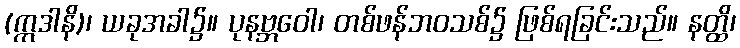
(ဣဒါနိ)၊ ယခုအခါ၌။ ပုနဗ္ဘဝေါ၊ တစ်ဖန်ဘဝသစ်၌ ဖြစ်ရခြင်းသည်။ နတ္ထိ၊